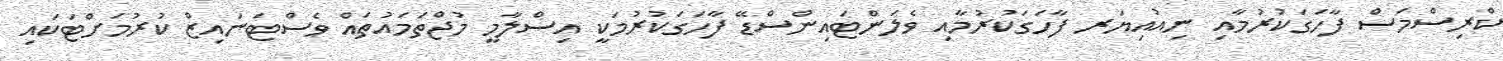
ކްރިސްމަސް ފާހަގަކުރުމާއި ނިއުއިޔަރ ފާހަގަކުރުމާއި ވެލަންޓައިންސްޑޭ ފާހަގަކުރުމަކީ އިސްލާމީ މުޖްތަމައުތައް ވެސްޓަނައިޒް ކުރުމަށްޓަކައި